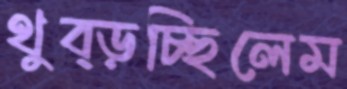
থুব্‌ড়চ্ছিলেম